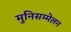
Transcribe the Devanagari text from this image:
मुनिसम्मेलन